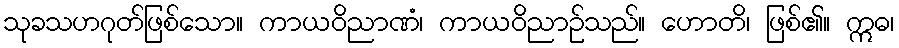
သုခသဟဂုတ်ဖြစ်သော။ ကာယဝိညာဏံ၊ ကာယဝိညာဉ်သည်။ ဟောတိ၊ ဖြစ်၏။ ဣဓ၊